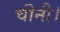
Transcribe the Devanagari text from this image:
चीनी।